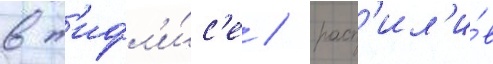
в т'ифл'и́с'е / расп'ил'и́в